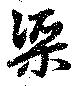
渠